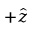
+ \hat { z }